Report on sanitation, dispensaries, and jails in Rajputana for 1913, and on vaccination for the year 1913-1914 - 1913-1914
Year: 1913
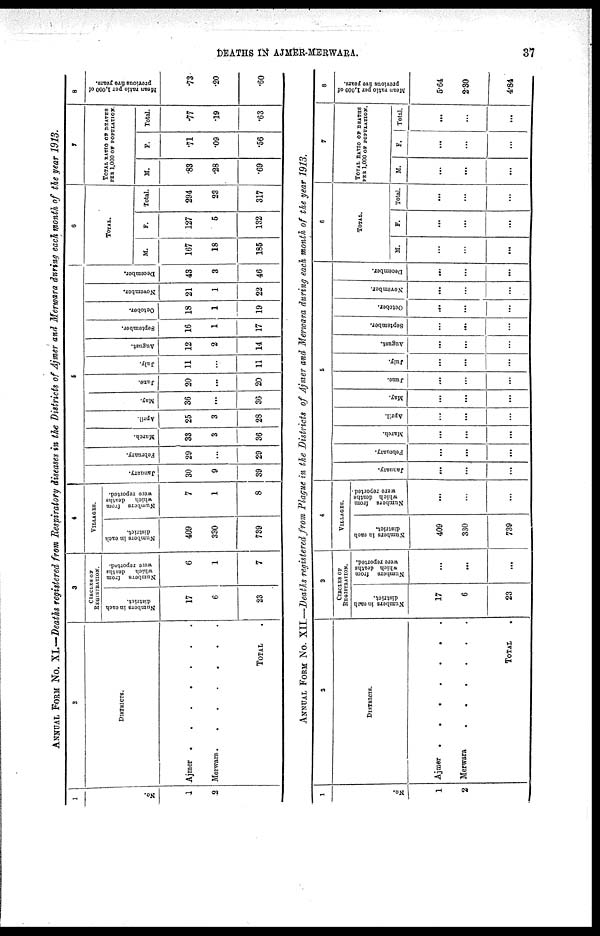
DEATHS IN AJMER-MERWARA.
37
ANNUAL FORM NO. XI.—Deaths registered from Respiratory diseases in the Districts of Ajmer and Merwara during each month of the year 1913.
1
No.
1
2
2
DISTRICTS.
Ajmer
.
.
.
.
.
.
.
Merwara.
.
.
.
.
.
.
TOTAL
3
CIRCLES OF
REGISTRATION.
Numbers in each
district.
17
6
23
Numbers from
which
deaths
were reported.
6
1
7
4
VILLAGES.
Numbers in each
district.
409
330
739
Numbers from
which
deaths
were reported.
7
1
8
5
January.
30
9
39
February.
29
...
29
March.
33
3
36
April.
25
3
28
May.
36
...
36
June.
20
...
20
July.
11
...
11
August.
12
2
14
September.
16
1
17
October.
18
1
19
November.
21
1
22
December.
43
3
46
6
TOTAL.
M.
167
18
185
F.
127
5
132
Total.
294
23
317
7
TOTAL RATIO OF DEATHS
PER 1,000 OF POPULATION.
M.
.83
.28
.69
F.
.71
.09
.56
Total.
.77
.19
.63
8
Mean ratio per 1,000 of
previous five years.
.73
.20
.60
ANNUAL FORM NO. XII.—Deaths registered from Plague in the Districts of Ajmer and Merwara during each month of the year 1913.
1
No.
1
2
2
DISTRICTS.
Ajmer .
.
.
.
.
.
.
Merwara
.
.
.
.
.
.
TOTAL .
3
CIRCLES OF
REGISTRATION.
Numbers in each
district.
17
6
23
Numbers from
which draths
were reported.
...
...
...
4
VILLAGES.
Numbers in each
district.
409
330
739
Numbers from
which deaths
were reported
...
...
...
5
January.
...
...
...
February.
...
...
...
March.
...
...
...
April.
...
...
...
May.
...
...
...
June.
...
...
...
July.
...
...
...
August.
...
...
...
September.
...
...
...
October.
...
...
...
November.
...
...
...
December.
...
...
...
6
TOTAL.
M.
...
...
...
F.
...
...
...
Total.
...
...
...
7
TOTAL RATIO OF DEATHS
PER 1,000 OF POPULATION.
M.
...
...
...
F.
...
...
...
Total.
...
...
...
8
Mean ratio per 1,000 of
previous
five year.
5.64
2.30
4.84